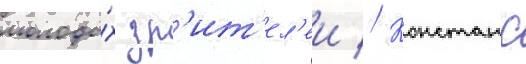
молоды́х зр'ит'ел'еи // Констанс